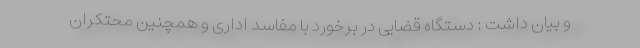
و بیان داشت : دستگاه قضایی در برخورد با مفاسد اداری و همچنین محتکران